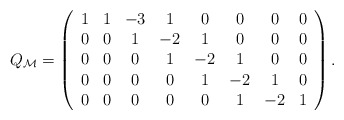
\begin{align*}Q_{\cal M}=\left(\begin{array}{ccccccccc} 1& 1&-3& 1& 0& 0& 0& 0 \\ 0& 0& 1&-2& 1& 0& 0& 0 \\ 0& 0& 0& 1&-2& 1& 0& 0 \\ 0& 0& 0& 0& 1&-2& 1& 0 \\ 0& 0& 0& 0& 0& 1&-2& 1\end{array}\right).\end{align*}